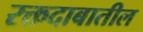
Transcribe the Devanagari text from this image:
रक्तदाबातील